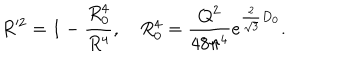
R ^ { \prime 2 } = 1 - { \frac { R _ { 0 } ^ { 4 } } { R ^ { 4 } } } , ~ R _ { 0 } ^ { 4 } = { \frac { Q ^ { 2 } } { 4 8 \pi ^ { 4 } } } e ^ { { \frac { 2 } { \sqrt 3 } } D _ { 0 } } .